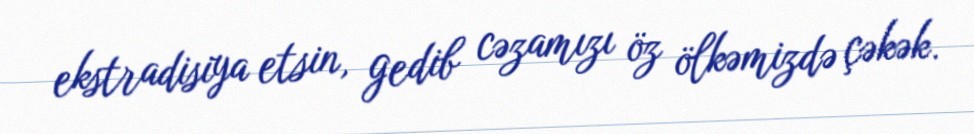
ekstradisiya etsin, gedib cəzamızı öz ölkəmizdə çəkək.